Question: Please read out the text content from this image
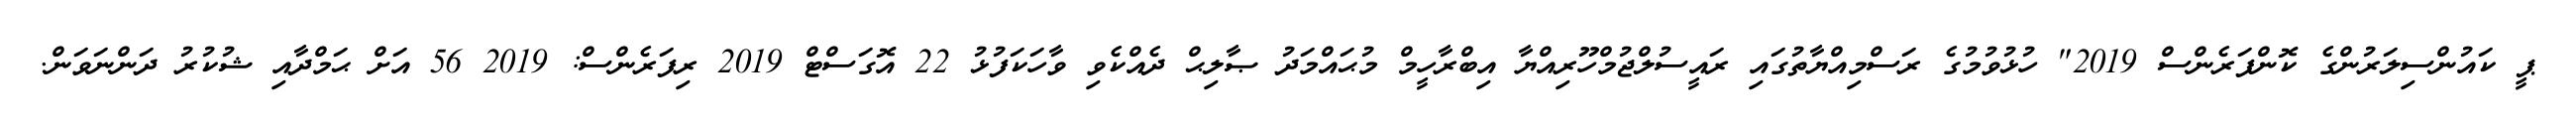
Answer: ޕީ ކައުންސިލަރުންގެ ކޮންފަރެންސް 2019" ހުޅުވުމުގެ ރަސްމިއްޔާތުގައި ރައީސުލްޖުމްހޫރިއްޔާ އިބްރާހީމް މުޙައްމަދު ޞާލިޙް ދެއްކެވި ވާހަކަފުޅު 22 އޮގަސްޓް 2019 ރިފަރެންސް: 2019 56 އަށް ޙަމްދާއި ޝުކުރު ދަންނަވަން.